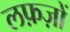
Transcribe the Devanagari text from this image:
लफ़ज़ों